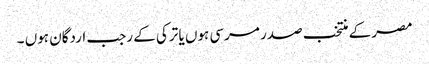
مصر کے منتخب صدر مرسی ہوں یا ترکی کے رجب اردگان ہوں ۔